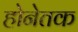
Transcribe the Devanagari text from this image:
होनेतक